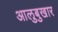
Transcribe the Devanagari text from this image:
आलुबुखार